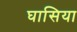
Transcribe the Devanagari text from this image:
घासिया